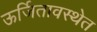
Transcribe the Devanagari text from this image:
ऊर्जितावस्थेत